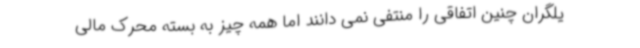
یلگران چنین اتفاقی را منتفی نمی دانند اما همه چیز به بسته محرک مالی